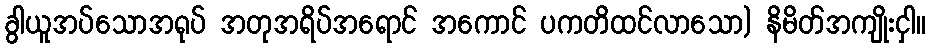
ခွါယူအပ်သောအရုပ် အတုအရိပ်အရောင် အကောင် ပကတိထင်လာသော) နိမိတ်အကျိုးငှါ။